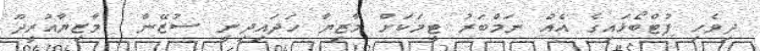
ދިވެހި ފުޓްބޯޅައިގެ އެއް ނަމްބަރު ޓީމަކަށް މާޒިޔާ ހަދައިދިނީ ސުޒޭން  މާޒިޔާއުރީދޫ